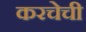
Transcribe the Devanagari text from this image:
करचेची